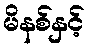
မိနစ်နှင့်